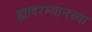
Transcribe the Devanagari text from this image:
ह्यादरम्यानच्या